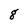
Character: g